Annual vaccination report of Bihar and Orissa - 1911-1928
Year: 1911
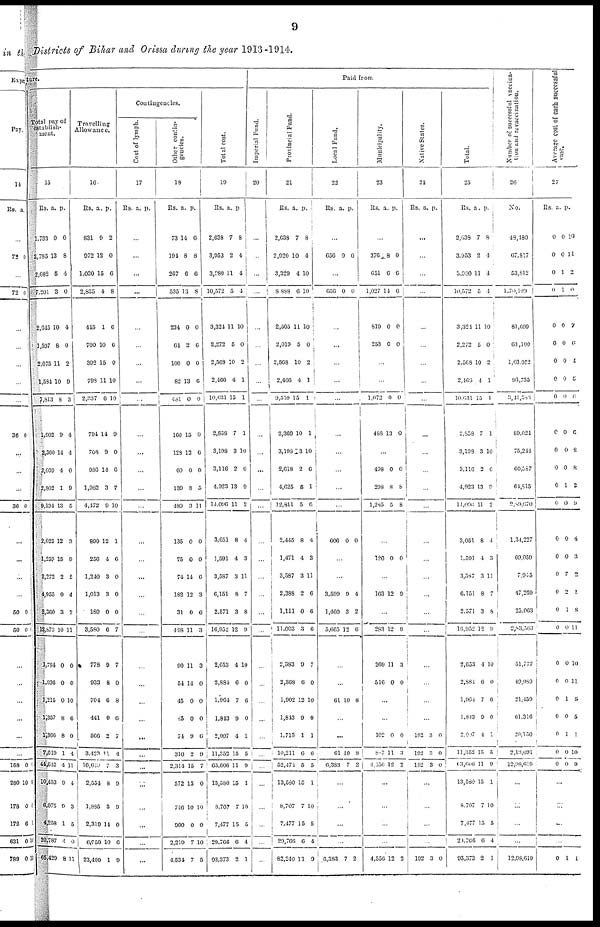
9
Districts of Bihar and Orissa during the year 1913-1914.
ture.
Total pay of
establish-
ment.
15
Rs.
1,733
2,785
2,682
7,201
2,615
1,507
2,075
1,584
7,813
1,902
2,360
2,069
2,802
9,134
2,025
1,250
2,272
4,955
2,360
12,873
1,784
1,896
1,215
1,357
1,360
7,619
44,642
10,453
6,075
4,258
20,787
65,429
a.
0
13
5
3
10
8
11
10
8
9
14
4
1
13
12
15
2
9
3
10
0
0
0
8
8
1
4
9
9
1
4
8
p.
0
8
4
0
4
0
2
9
3
4
4
0
9
5
3
9
5
4
2
11
0
0
10
6
0
4
11
4
3
5
0
11
Travelling
Allowance.
16.
Rs.
831
972
1,030
2,835
445
700
302
793
2,337
791
708
986
1,082
4,472
890
256
1,240
1,013
180
3,580
778
933
704
441
566
3,423
16,649
2,554
1,885
2,319
6,759
23,409
a.
9
12
15
4
1
10
15
11
0
11
9
14
3
9
12
4
3
3
0
6
9
8
6
0
2
11
7
8
3
14
10
1
p.
2
0
6
8
6
6
0
10
10
9
0
6
7
10
1
6
0
0
0
7
7
0
8
6
7
4
3
9
9
0
6
9
Contingencies.
Cost of lymph.
17
Rs. a. p.
...
...
...
...
...
...
...
...
...
...
...
...
...
...
...
...
...
...
...
...
...
...
...
...
...
...
...
...
...
...
...
...
Other contin-
gencies.
18
Rs.
73
194
267
535
234
64
100
82
481
160
128
60
139
489
135
75
74
182
31
498
90
51
45
45
71
310
2,314
572
746
900
2,219
4,531
a.
14
8
6
13
0
2
0
13
0
15
12
0
8
3
0
0
14
12
0
11
11
14
0
0
9
2
15
13
10
0
7
7
p.
6
8
0
8
0
6
0
6
0
0
0
0
5
11
0
0
6
3
6
3
3
0
0
0
6
9
7
0
10
0
10
5
Total cost.
19
Rs.
2,638
3,953
3,980
10,572
3,324
2,272
2,568
2,466
10,631
2,858
3,198
3,116
4,923
14,096
3,051
1,591
3,587
6,151
2,571
16,952
2,653
2,884
1,961
1,843
2,007
11,352
63,606
13,580
8,707
7,477
29,766
93,373
a.
7
2
11
5
11
5
10
4
15
7
3
2
13
11
8
4
3
8
3
12
4
6
7
9
4
15
11
15
7
15
6
2
p.
8
4
4
4
10
0
2
1
1
1
10
6
9
2
4
3
11
7
8
9
10
0
6
0
1
5
9
1
10
5
4
1
Paid from
Imperial Fund.
20
...
...
...
...
...
...
...
...
...
...
...
...
...
...
...
...
...
...
...
...
...
...
...
...
...
...
...
...
...
...
...
...
Provincial Fund.
21
Rs.
2,638
2,920
3,329
8,888
2,505
2,019
2,563
2,406
9,559
2,369
3,198
2,618
4,625
12,811
2,445
1,471
3,587
2,388
1,111
11,063
2,383
2,368
1,902
1,843
1,713
10,211
52,474
13,580
8,707
7,477
29,760
82,240
a.
7
10
4
6
11
5
10
4
15
10
13
2
5
5
8
4
3
2
0
3
9
6
12
9
1
6
5
15
7
15
6
11
p.
8
4
10
10
10
0
2
1
1
1
10
6
1
6
4
3
11
6
6
6
7
0
10
0
1
6
5
1
10
5
4
9
Local Fund.
22
Rs. a. p.
...
656 0 0
...
656 0 0
...
...
...
...
...
...
...
...
...
...
606 0 0
...
...
3,599
1,460
5,665
9
3
12
4
2
6
...
...
61 10 8
...
...
61
6,383
10
7
8
2
...
...
...
...
6,383 7 2
Municipality.
23
Rs. a. p.
...
376
651
1,027
819
253
8
6
14
0
0
0
6
6
0
0
...
...
1,072
488
0
13
0
0
...
498
298
1,285
0
8
5
0
8
8
...
120 0 0
...
163 12 9
...
283
269
516
12
11
0
9
3
0
...
...
102
887
4,556
0
11
12
0
3
2
...
...
...
...
4,556 12 2
Native States.
24
Rs. a. p.
...
...
...
...
...
...
...
...
...
...
...
...
...
...
...
...
...
...
...
...
...
...
...
...
192
192
192
3
3
3
0
0
0
...
...
...
...
192 3 0
Total.
25
Rs.
2,638
3,953
3,980
10,572
3,324
2,272
2,568
2,466
10,631
2,858
3,193
3,116
4,923
14,096
3,051
1,591
3,587
6,151
2,571
10,952
2,653
2,884
1,964
1,813
2,007
11,352
63,606
13,580
8,707
7,477
29,766
93,373
a.
7
2
11
5
11
5
10
1
15
7
3
2
13
11
8
4
3
8
3
12
1
6
7
9
4
15
11
15
7
15
6
2
p.
8
4
4
4
10
0
2
1
1
1
10
6
0
0
4
3
11
7
8
9
10
0
6
0
1
5
9
1
10
5
4
1
Number of successful vaccina-
tion and revaccination.
26
No.
48,180
67,817
53,812
1,70,109
81,699
63,100
l,03,052
93,735
3,41,585
89,024
75,214
60,587
64,815
2,89,670
1,31,227
69,059
7,945
47,269
25,063
2,83,563
51,777
49,939
21,459
61,316
29,150
2,13,691
12,98,619
...
...
...
...
12,98,619
Average cost of each successful
case.
27
Rs.
0
0
0
0
0
0
0
0
0
0
0
0
0
0
0
0
0
0
0
0
0
0
0
0
0
0
0
a.
0
0
1
1
0
0
0
9
0
0
0
0
1
0
0
0
7
2
1
0
0
0
1
0
1
0
0
p.
10
11
2
0
7
6
4
5
6
6
8
8
2
9
4
3
2
1
8
11
10
11
5
5
1
10
9
...
...
...
...
0 1 1